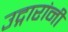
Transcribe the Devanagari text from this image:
उद्गारांनी